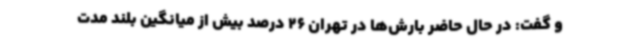
و گفت: در حال حاضر بارش‌ها در تهران 26 درصد بیش از میانگین بلند مدت